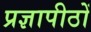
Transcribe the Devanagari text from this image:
प्रज्ञापीठों